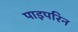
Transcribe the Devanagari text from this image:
पाइपरिन